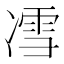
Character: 𰄈